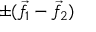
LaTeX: \pm ( { \vec { f } } _ { 1 } - { \vec { f } } _ { 2 } )